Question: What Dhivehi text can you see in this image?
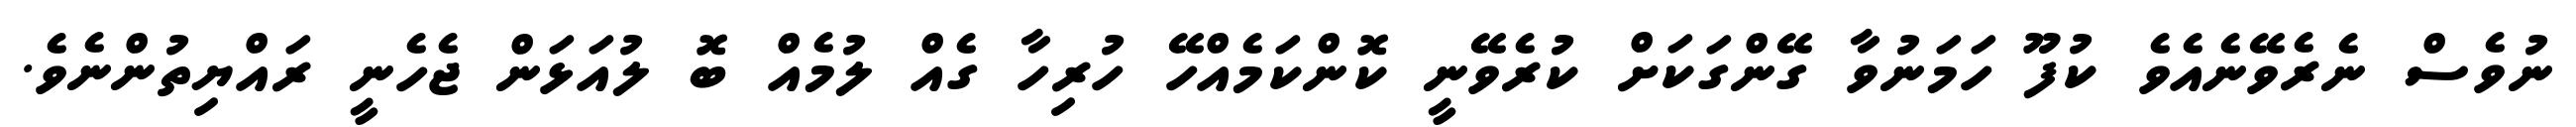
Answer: ނުވެސް ނެރެވޭނެއެވެ ކުފޫ ހަމަނުވާ ގޭންގަކަށް ކުރެވޭނީ ކޮންކަމެއްހޭ ހުރިހާ ގެއް ލުމެއް ބޮ ލުއަޅަން ޖެހެނީ ރައްޔިތުންނެވެ.